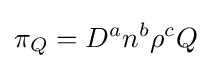
\pi _{Q}=D^{a}n^{b}\rho ^{c}Q